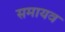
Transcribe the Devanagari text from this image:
समायव